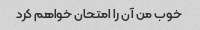
خوب من آن را امتحان خواهم کرد